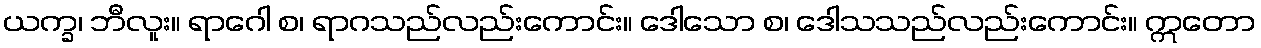
ယက္ခ၊ ဘီလူး။ ရာဂေါ စ၊ ရာဂသည်လည်းကောင်း။ ဒေါသော စ၊ ဒေါသသည်လည်းကောင်း။ ဣတော